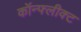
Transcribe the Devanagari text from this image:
कॉन्फ्लीक्ट